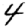
Digit: 4